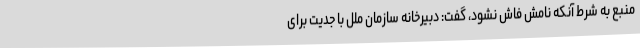
منبع به شرط آنکه نامش فاش نشود، گفت: دبیرخانه سازمان ملل با جدیت برای